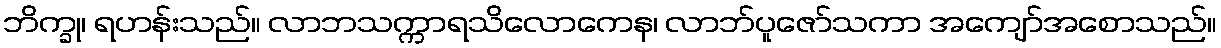
ဘိက္ခု၊ ရဟန်းသည်။ လာဘသက္ကာရသိလောကေန၊ လာဘ်ပူဇော်သကာ အကျော်အစောသည်။